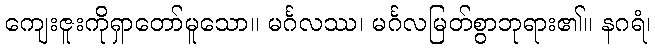
ကျေးဇူးကိုရှာတော်မူသော။ မင်္ဂလဿ၊ မင်္ဂလမြတ်စွာဘုရား၏။ နဂရံ၊